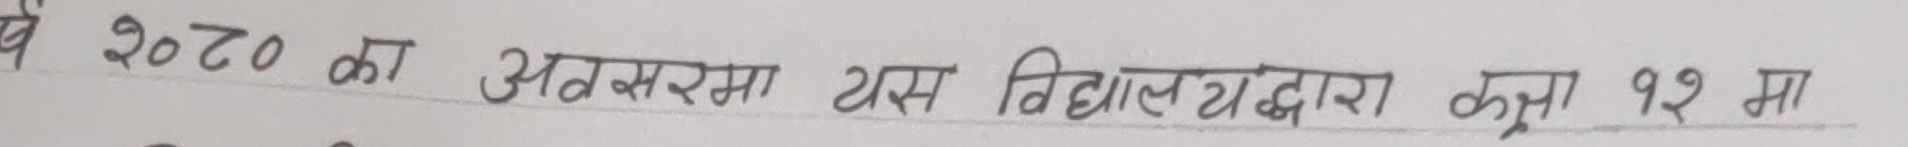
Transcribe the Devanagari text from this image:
वर्ष 2020 का अवसरमा यस विद्यालयद्वारा कक्षा १२ मा